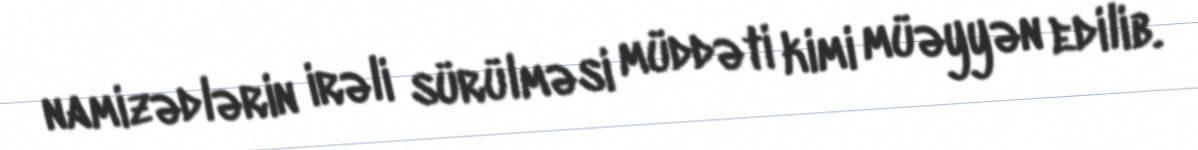
namizədlərin irəli sürülməsi müddəti kimi müəyyən edilib.